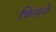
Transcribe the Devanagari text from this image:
फिचने